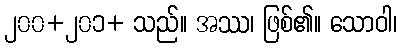
၂၀၀+၂၀၁+ သည်။ အဿ၊ ဖြစ်၏။ သောဝါ၊